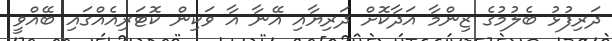
ދަރިފުޅު ބެލުމުގެ ޒިންމާ އަދާކޮށް ދަރިޔާއި އޭނާ އާ ވަކިން ކޮޓަރިއެއްގައި ބޭއްވީ